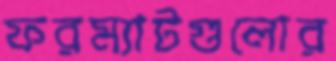
ফরম্যাটগুলোর